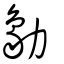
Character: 勨